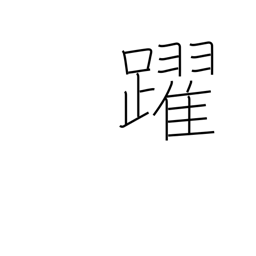
Meaning: skip